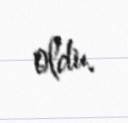
oldu.